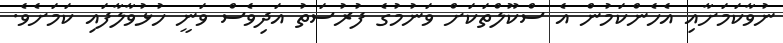
ނުވާކަމަށާއި އެހެންކަމުން އެ ސްކޫލްތަަކަށް ވަނުމުގެ ފުރުސަތު އަދިވެސް ވަނީ ހުޅުވާލާފައި ކަމަށެވެ.